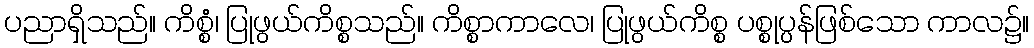
ပညာရှိသည်။ ကိစ္စံ၊ ပြုဖွယ်ကိစ္စသည်။ ကိစ္စာကာလေ၊ ပြုဖွယ်ကိစ္စ ပစ္စုပ္ပန်ဖြစ်သော ကာလ၌။